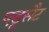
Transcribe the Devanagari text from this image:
एडूसैट